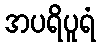
အပရိပူရံ